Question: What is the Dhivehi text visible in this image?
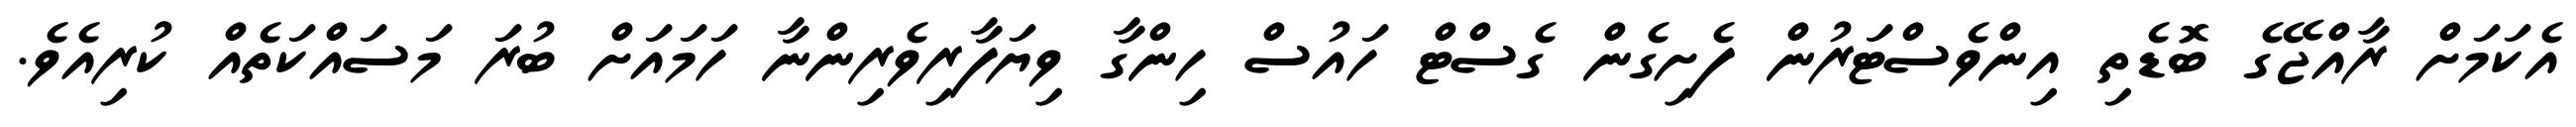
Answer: އެކަމަށް ރާއްޖޭގެ ބޮޑެތި އިންވެސްޓަރުން ފެށިގެން ގެސްޓް ހައުސް ހިންގާ ވިޔަފާރިވެރިންނާ ހަމައަށް ބުރަ މަސައްކަތެއް ކުރިއެވެ.